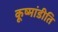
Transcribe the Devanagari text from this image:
कूष्मांडीति